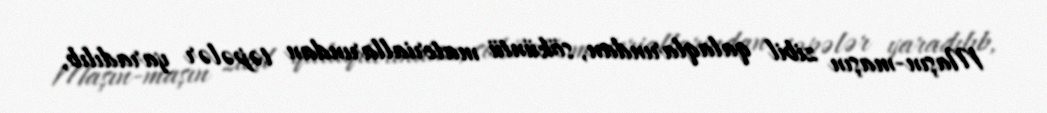
Maşın-maşın zibil qalaqlarından, söküntü materiallarından təpələr yaradılıb,